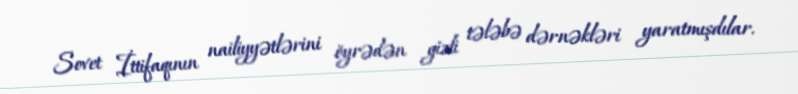
Sovet İttifaqının nailiyyətlərini öyrədən gizli tələbə dərnəkləri yaratmışdılar.